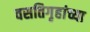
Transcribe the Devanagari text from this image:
वसतिगृहांच्या